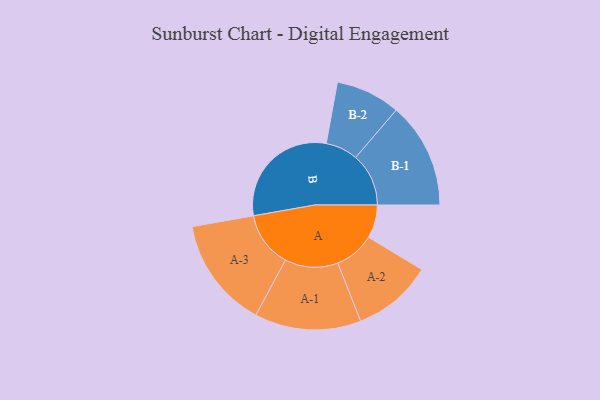
{"axis": {"x": "Segment", "y": "Value"}, "legend": ["", "A", "B"], "data": [{"x": "A", "y": 134, "type": ""}, {"x": "B", "y": 475, "type": ""}, {"x": "A-1", "y": 214, "type": "A"}, {"x": "A-2", "y": 161, "type": "A"}, {"x": "A-3", "y": 223, "type": "A"}, {"x": "B-1", "y": 213, "type": "B"}, {"x": "B-2", "y": 130, "type": "B"}]}